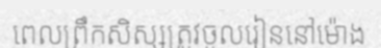
ពេលព្រឹកសិស្សត្រូវចូលរៀននៅម៉ោង